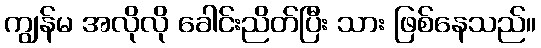
ကျွန်မ အလိုလို ခေါင်းညိတ်ပြီး သား ဖြစ်နေသည်။